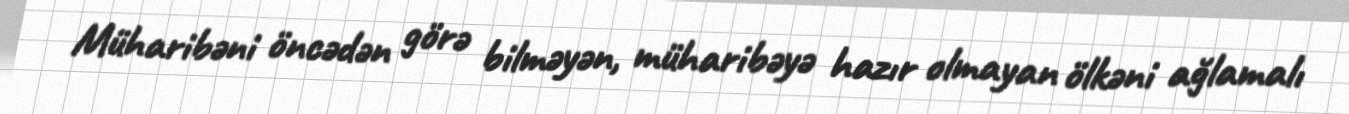
Müharibəni öncədən görə bilməyən, müharibəyə hazır olmayan ölkəni ağlamalı